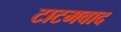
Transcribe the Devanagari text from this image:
टाटमवाद